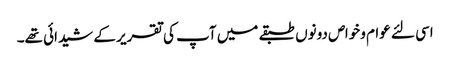
اسی لئے عوام وخواص دونوں طبقے میں آپ کی تقریر کے شیدائی تھے۔